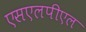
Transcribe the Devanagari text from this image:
एसएलपीएल